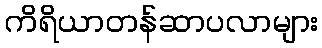
ကိရိယာတန်ဆာပလာများ